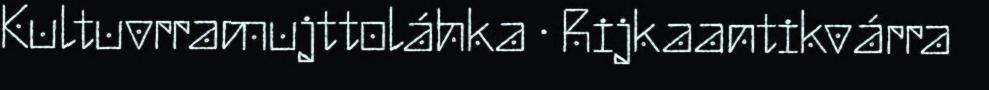
Kultuvrramujttoláhka · Rijkaantikvárra